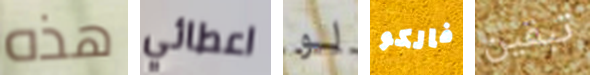
هذه اعطائي لو فالكو تبقين